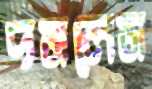
দমলেম